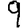
Digit: 9